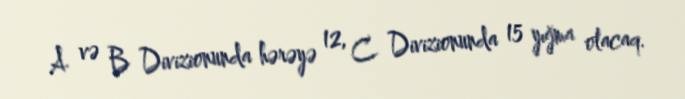
A və B Divizionunda hərəyə 12, C Divizionunda 15 yığma olacaq.